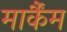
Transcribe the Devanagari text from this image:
मार्कैंम